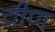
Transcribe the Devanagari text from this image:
चीण